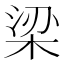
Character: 梁